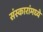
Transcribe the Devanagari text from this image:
संस्कारांमध्ये